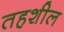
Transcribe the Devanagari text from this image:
तहशील